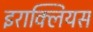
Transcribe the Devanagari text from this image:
इराक्लियस